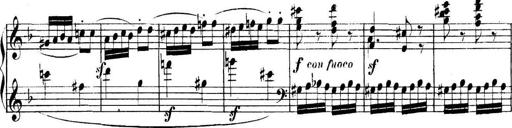
Title: Collected Piano Sonatas
Composer: Muzio Clementi